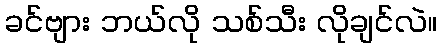
ခင်ဗျား ဘယ်လို သစ်သီး လိုချင်လဲ။